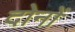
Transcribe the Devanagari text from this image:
दोनों